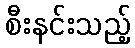
စီးနင်းသည့်